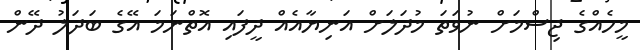
މީހެއްގެ ޖިސްމަށް ނުވަތަ މުދަލަށް އަނިޔާއެއް ދީފައި އޮތްނަމަ އޭގެ ބަދަލު ދޭން